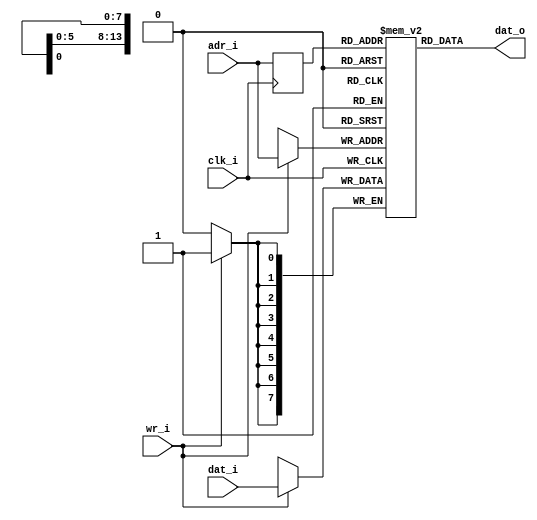
module altor32_ram_sp
#(
    parameter  [31:0]       WIDTH = 8,
    parameter  [31:0]       SIZE = 14
)
( 
    input                   clk_i /*verilator public*/,
    output [(WIDTH - 1):0]  dat_o /*verilator public*/,
    input [(WIDTH - 1):0]   dat_i /*verilator public*/,
    input [(SIZE - 1):0]    adr_i /*verilator public*/,
    input                   wr_i /*verilator public*/
);

//-----------------------------------------------------------------
// Registers
//-----------------------------------------------------------------
reg [(WIDTH - 1):0]     ram [((2<< (SIZE-1)) - 1):0] /*verilator public*/;
reg [(SIZE - 1):0]      rd_addr_q;

//-----------------------------------------------------------------
// Processes
//-----------------------------------------------------------------
always @ (posedge clk_i)
begin 
    if (wr_i == 1'b1)
        ram[adr_i] <= dat_i;
    rd_addr_q <= adr_i;
end

//-------------------------------------------------------------------
// Combinatorial
//-------------------------------------------------------------------
assign dat_o = ram[rd_addr_q];

//-----------------------------------------------------------------
// Init Memory
//-----------------------------------------------------------------
`ifdef ALTOR32_CLEAR_RAM
    integer i;
    initial 
    begin     
        for (i=0;i<((2<< (SIZE-1)) - 1);i=i+1)
        begin
            ram[i] = 0;
        end
    end
`endif

endmodule